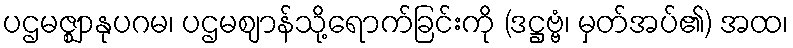
ပဌမဇ္ဈာနုပဂမ၊ ပဌမဈာန်သို့ရောက်ခြင်းကို (ဒဋ္ဌဗ္ဗံ၊ မှတ်အပ်၏) အထ၊